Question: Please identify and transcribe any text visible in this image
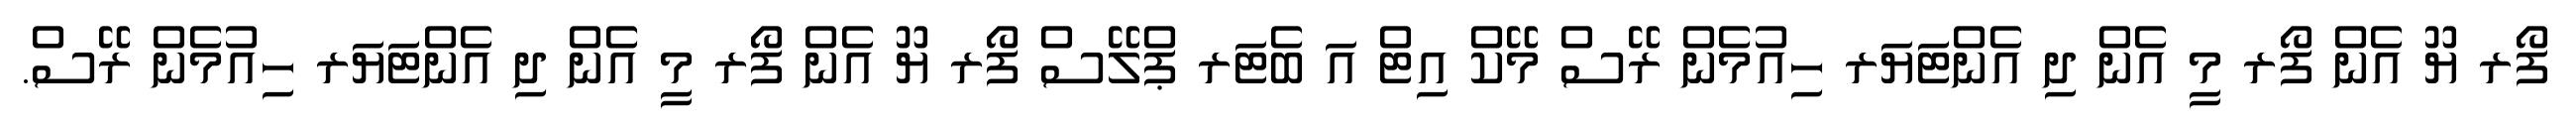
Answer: ފޯރ ޔޫ އެން ފޯރ މީ އެން ދި އެންޓަޔަރ ހިއުމެން ރޭސް މޭކް އިޓް އަ ބެޓަރ ޕްލޭސް ފޯރ ޔޫ އެން ފޯރ މީ އެން ދި އެންޓަޔަރ ހިއުމެން ރޭސް.